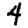
Digit: 4